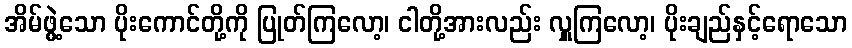
အိမ်ဖွဲ့သော ပိုးကောင်တို့ကို ပြုတ်ကြလော့၊ ငါတို့အားလည်း လှူကြလော့၊ ပိုးချည်နှင့်ရောသော